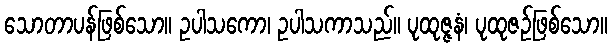
သောတာပန်ဖြစ်သော။ ဥပါသကော၊ ဥပါသကာသည်။ ပုထုဇ္ဇနံ၊ ပုထုဇဉ်ဖြစ်သော။